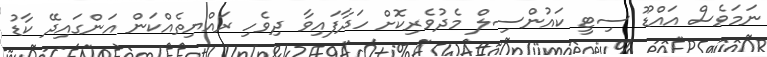
ނަމަވެސް އައްޑޫ ސިޓީ ކައުންސިލް މެދުވެރިކޮށް ހަދާފައިވާ ދިވެހި ރައްޔިތެއްކަން އަންގައިދޭ ކާޑު